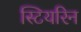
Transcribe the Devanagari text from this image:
स्टियरिन